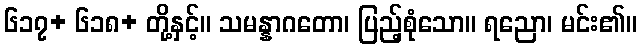
၆၁၇+ ၆၁၈+ တို့နှင့်။ သမန္နာဂတော၊ ပြည့်စုံသော။ ရညော၊ မင်း၏။